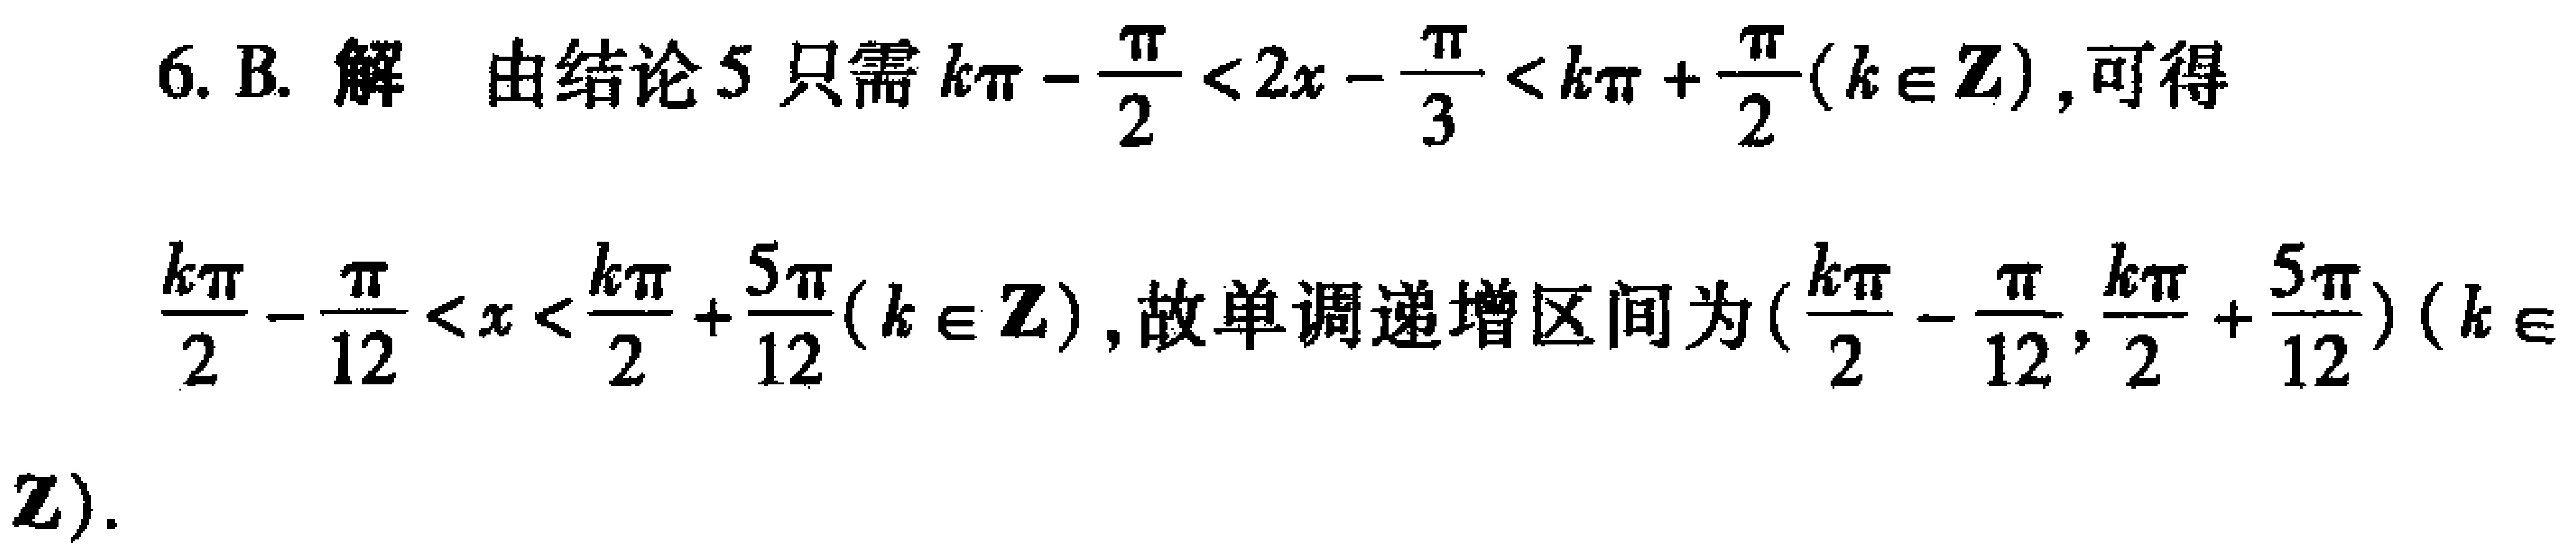
6. B. 解 由结论 5 只需 \(k\pi-\frac{\pi}{2}<2x - \frac{\pi}{3}<k\pi+\frac{\pi}{2}(k\in\mathbf{Z})\), 可得

\(\frac{k\pi}{2}-\frac{\pi}{12}<x<\frac{k\pi}{2}+\frac{5\pi}{12}(k\in\mathbf{Z})\), 故单调递增区间为 \((\frac{k\pi}{2}-\frac{\pi}{12},\frac{k\pi}{2}+\frac{5\pi}{12})(k\in\mathbf{Z})\).